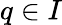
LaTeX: q\in I